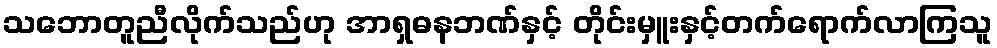
သဘောတူညီလိုက်သည်ဟု အာရှဓနဘဏ်နှင့် တိုင်းမှူးနှင့်တက်ရောက်လာကြသူ